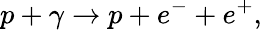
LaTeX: p+\gamma\rightarrow p+e^{-}+e^{+},